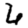
Digit: 6